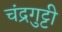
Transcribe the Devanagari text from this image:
चंद्रगुट्टी